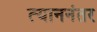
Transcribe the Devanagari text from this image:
त्याननंतर